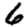
Digit: 6